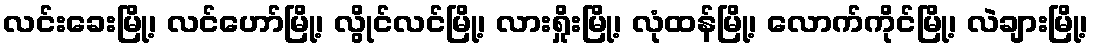
လင်းခေးမြို့၊ လင်ဟော်မြို့၊ လွိုင်လင်မြို့၊ လားရှိုးမြို့၊ လုံထန်မြို့၊ လောက်ကိုင်မြို့၊ လဲချားမြို့၊